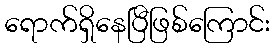
ရောက်ရှိနေပြီဖြစ်ကြောင်း